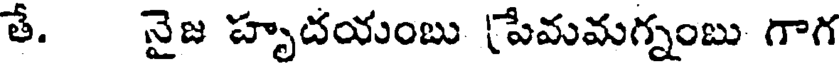
తే. నైజ హృదయంబు (పేమమగ్నంబు గాగ